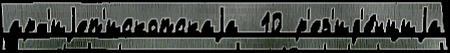
арх'иjеп'ископскаjа  10 р'ез'ид'е́нциjа